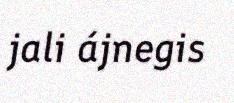
jali ájnegis